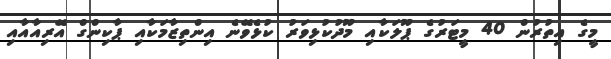
މީގެ އިތުރުން 40 މީޓަރުގެ ޕޫލަކާއި މޫދުކުޅިވަރު ކުޅެވޭނެ އިންތިޒާމަކާއި ޕާކިންގް އޭރިއާއާއި